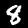
Digit: 8